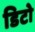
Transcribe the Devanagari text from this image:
डिटो